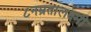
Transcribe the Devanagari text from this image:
८नम्रतालक्ष्मी